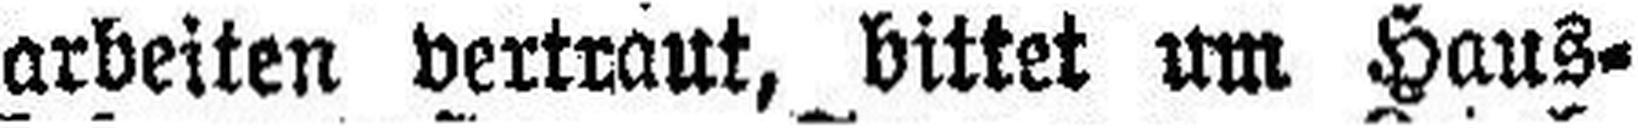
arbeiten vertraut, bittet um Haus¬